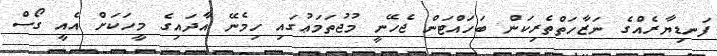
ފަނޑިޔާރެއްގެ ނަޒާހަތްތެރިކަން ބަހައްޓަން ޖެހޭނީ މުޖުތަމަޢުގައި ހިމެނޭ އާދައިގެ މީހަކަށް އެއީ ގޯސް